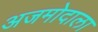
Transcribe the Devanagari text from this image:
अजमोदाला